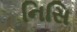
નિસિ